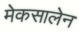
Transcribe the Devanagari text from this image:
मेकसालेन